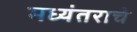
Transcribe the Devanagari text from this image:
मध्यंतराचे